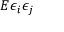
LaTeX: E \epsilon _ { i } \epsilon _ { j }